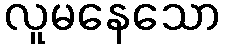
လူမနေသော